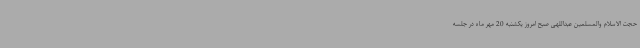
حجت الاسلام والمسلمین عبداللهی صبح امروز یکشنبه 20 مهر ماه در جلسه